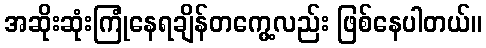
အဆိုးဆုံးကြုံနေရချိန်တကွေ့လည်း ဖြစ်နေပါတယ်။